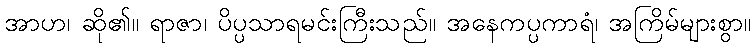
အာဟ၊ ဆို၏။ ရာဇာ၊ ပိပ္ပသာရမင်းကြီးသည်။ အနေကပ္ပကာရံ၊ အကြိမ်များစွာ။